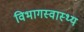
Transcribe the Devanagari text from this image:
विभागस्वास्थ्य